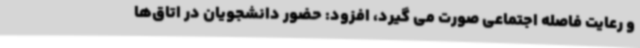
و رعایت فاصله اجتماعی صورت می گیرد، افزود: حضور دانشجویان در اتاق‌ها